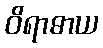
ဝိရာဓာယ